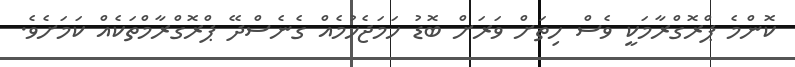
ކޮންމެ ޕްރޮގްރާމަކީ ވެސް ހިތަށް ވަރަށް ބޮޑު ހަމަޖެހުމެއް ގެނެސްދޭ ޕްރޮގްރާމްތަކެއް ކަމަށެވެ.